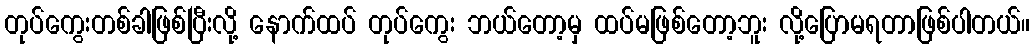
တုပ်ကွေးတစ်ခါဖြစ်ပြီးလို့ နောက်ထပ် တုပ်ကွေး ဘယ်တော့မှ ထပ်မဖြစ်တော့ဘူး လို့ပြောမရတာဖြစ်ပါတယ်။